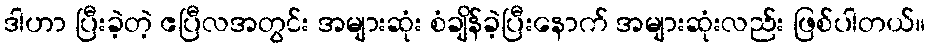
ဒါဟာ ပြီးခဲ့တဲ့ ဧပြီလအတွင်း အများဆုံး စံချိန်ခဲ့ပြီးနောက် အများဆုံးလည်း ဖြစ်ပါတယ်။